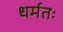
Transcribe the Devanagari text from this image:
धर्मतः